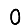
Digit: 0